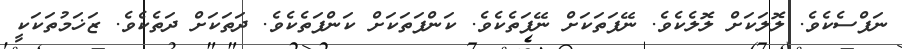
ނަފްސެކެވެ. ލޮލަކަށް ލޮލެކެވެ. ނޭފަތަކަށް ނޭފަތެކެވެ. ކަންފަތަކަށް ކަންފަތެކެވެ. ދަތަކަށް ދަތެކެވެ. ޒަޚަމުތަކަކީ